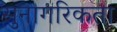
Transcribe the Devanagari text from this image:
सुनागरिकता